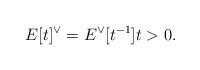
LaTeX: \begin{align*}E[t]^{\vee}=E^{\vee}[t^{-1}] t>0.\end{align*}